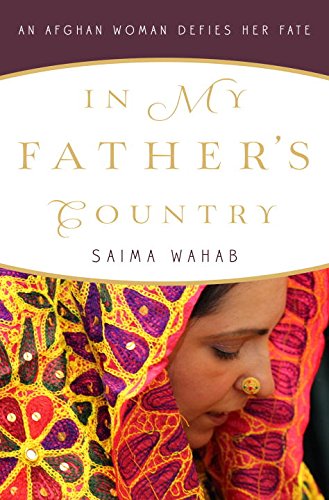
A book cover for In My Father's Country: An Afghan Woman Defies Her Fate; SAIMA WAHAB; Religion & Spirituality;